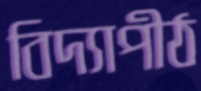
বিদ্যাপীঠ